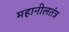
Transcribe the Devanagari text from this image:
महानीलतंत्र